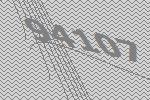
94107